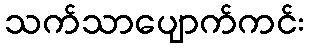
သက်သာပျောက်ကင်း